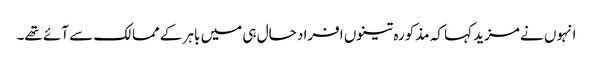
انہوں نے مزید کہا کہ مذکورہ تینوں افراد حال ہی میں باہر کے ممالک سے آئے تھے۔